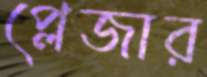
প্লেজার